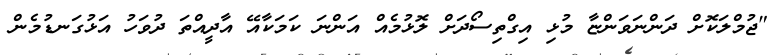
"ޖުމްލަކޮށް ދަންނަވަންޏާ މުޅި އިގްތިސޯދަށް ލޮޅުމެއް އަންނަ ކަމަކާއޭ އާދީއްތަ ދުވަހު އަޅުގަނޑުމެން